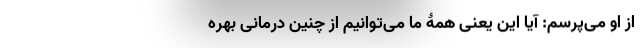
از او می‌پرسم: آیا این یعنی همۀ ما می‌توانیم از چنین درمانی بهره